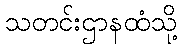
သတင်းဌာနထံသို့